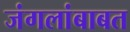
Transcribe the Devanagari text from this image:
जंगलांबाबत